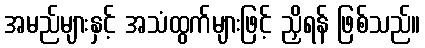
အမည်များနှင့် အသံထွက်များဖြင့် ညှိရန် ဖြစ်သည်။